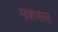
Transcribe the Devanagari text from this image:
मशरूर